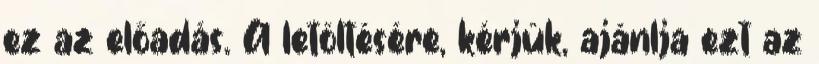
ez az előadás. A letöltésére, kérjük, ajánlja ezt az